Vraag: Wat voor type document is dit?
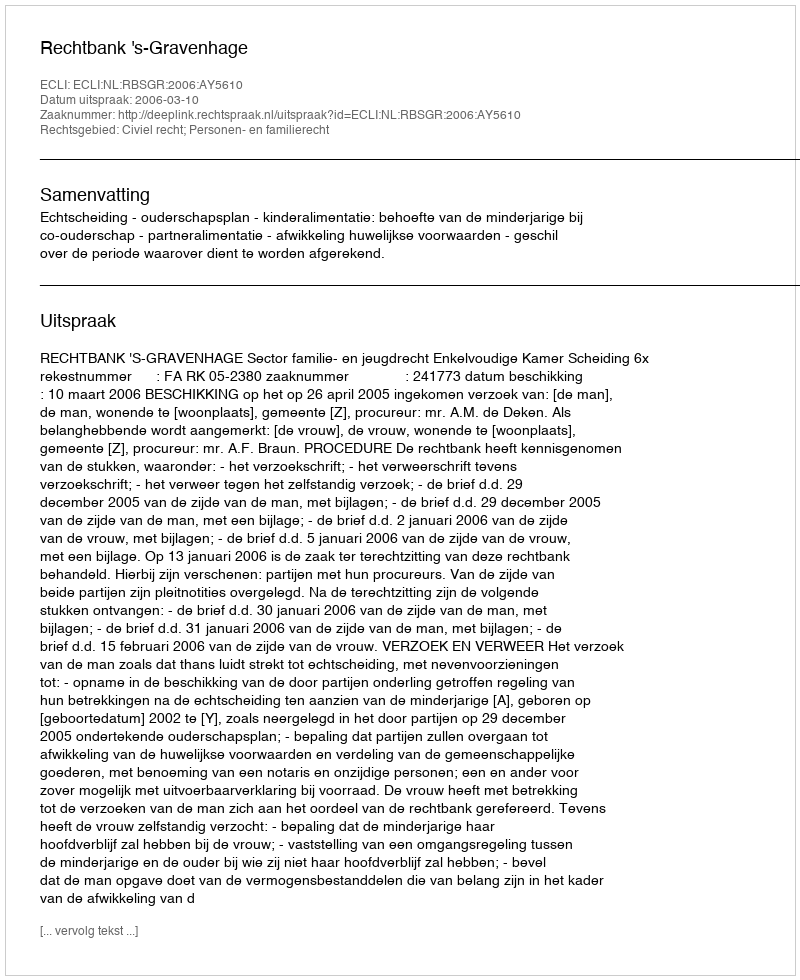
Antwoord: Uitspraak